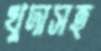
খুদাসহ